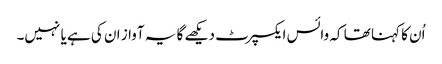
اُن کا کہنا تھا کہ وائس ایکسپرٹ دیکھے گا یہ آواز ان کی ہے یا نہیں۔